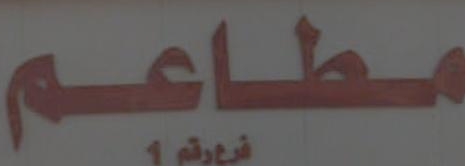
مطاعم